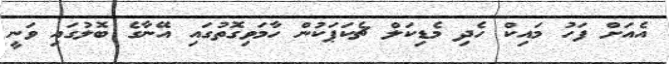
އެއަށް ފަހު މައިކް ހެދި މެޑިކަލް ޗެކަޕަކުން ހާމަވިގޮތުގައި އޭނާގެ ބޮލުގައި ވަނީ